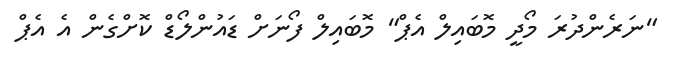
"ނަރެންދުރަ މޯދީ މޮބައިލް އެޕް" މޮބައިލް ފޯނަށް ޑައުންލޯޑް ކޮށްގެން އެ އެޕް